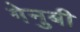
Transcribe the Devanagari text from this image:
गेनुबी